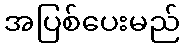
အပြစ်ပေးမည်